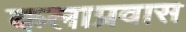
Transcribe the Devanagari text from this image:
कलाप्रवास